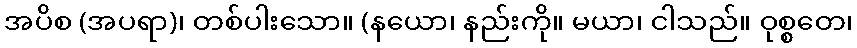
အပိစ (အပရာ)၊ တစ်ပါးသော။ (နယော၊ နည်းကို။ မယာ၊ ငါသည်။ ဝုစ္စတေ၊